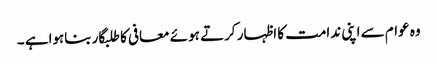
وہ عوام سے اپنی ندامت کا اظہار کرتے ہوئے معافی کا طلبگار بناہواہے ۔